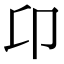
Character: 卬